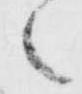
之